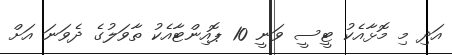
އަދި މި މޮޅާއެކު ޓީސީ ވަނީ 10 ޕޮއިންޓާއެކު ތާވަލުގެ ދެވަނަ އަށް